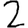
Digit: 2